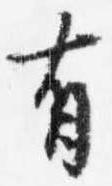
有